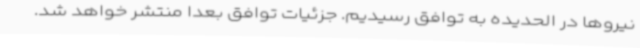
نیروها در الحدیده به توافق رسیدیم. جزئیات توافق بعدا منتشر خواهد شد.